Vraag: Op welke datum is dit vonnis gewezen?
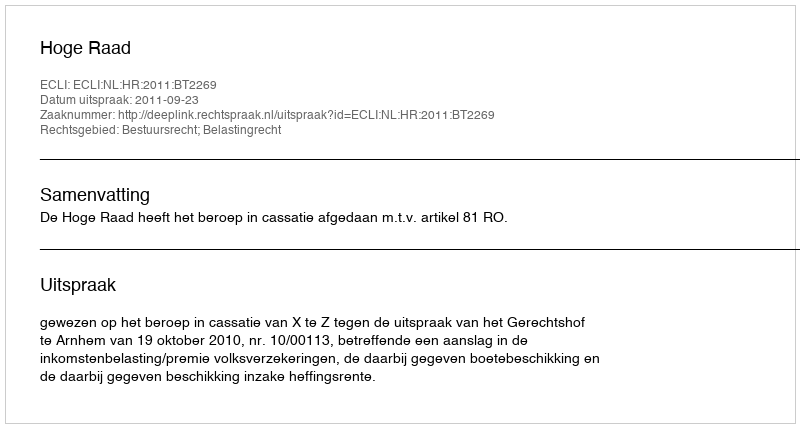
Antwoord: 2011-09-23